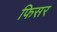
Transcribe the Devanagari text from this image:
फिसर